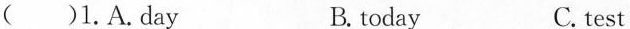
( )1.A.aay B. today C. test